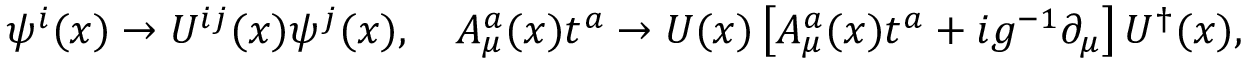
\psi ^ { i } ( x ) \to U ^ { i j } ( x ) \psi ^ { j } ( x ) , \quad A _ { \mu } ^ { a } ( x ) t ^ { a } \to U ( x ) \left[ A _ { \mu } ^ { a } ( x ) t ^ { a } + i g ^ { - 1 } \partial _ { \mu } \right] U ^ { \dagger } ( x ) ,